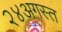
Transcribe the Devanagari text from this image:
२४अगस्त